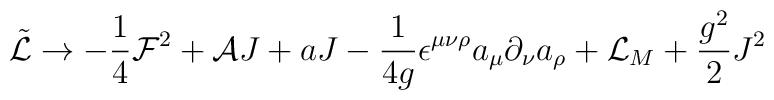
\tilde{{\cal L}}\rightarrow-\frac{1}{4}{\cal F}^2+{\cal A}J+aJ-\frac{1}{4g}\epsilon^{\mu\nu\rho}a_\mu\partial_\nu a_\rho + {\cal L}_M +\frac{g^2}{2} J^2